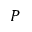
P